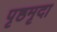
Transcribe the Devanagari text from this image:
पृष्ठमृदा